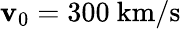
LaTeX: \mathbf{v}_{0}=300\ \mathrm{{km/s}}